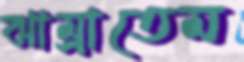
ঝাম্‌রাতেম